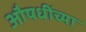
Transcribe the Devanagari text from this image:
औषधींच्या